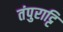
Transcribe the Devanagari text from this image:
तंपुराट्टि